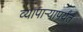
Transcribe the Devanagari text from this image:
व्यापाऱ्यापर्यंत